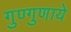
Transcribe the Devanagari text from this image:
गुण्गुणाये